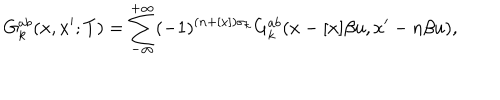
LaTeX: G _ { k } ^ { a b } ( x , x ^ { \prime } ; T ) = \sum _ { - \infty } ^ { + \infty } ( - 1 ) ^ { ( n + [ x ] ) \sigma _ { k } } G _ { k } ^ { a b } ( x - [ x ] \beta u , x ^ { \prime } - n \beta u ) ,